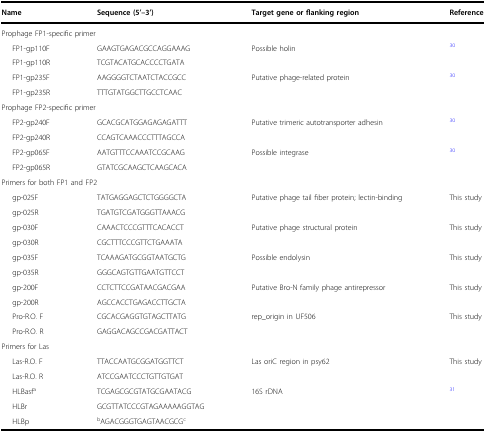
<table><thead><tr><td><b>Name</b></td><td><b>Sequence (5’–3’)</b></td><td><b>Target gene or flanking region</b></td><td><b>Reference</b></td></tr></thead><tbody><tr><td colspan="4">Prophage FP1-specific primer</td></tr><tr><td>FP1-gp110F</td><td>GAAGTGAGACGCCAGGAAAG</td><td>Possible holin</td><td><sup>30</sup></td></tr><tr><td>FP1-gp110R</td><td>TCGTACATGCACCCCTGATA</td><td></td><td></td></tr><tr><td>FP1-gp235F</td><td>AAGGGGTCTAATCTACCGCC</td><td>Putative phage-related protein</td><td><sup>30</sup></td></tr><tr><td>FP1-gp235R</td><td>TTTGTATGGCTTGCCTCAAC</td><td></td><td></td></tr><tr><td colspan="4">Prophage FP2-specific primer</td></tr><tr><td>FP2-gp240F</td><td>GCACGCATGGAGAGAGATTT</td><td>Putative trimeric autotransporter adhesin</td><td><sup>30</sup></td></tr><tr><td>FP2-gp240R</td><td>CCAGTCAAACCCTTTAGCCA</td><td></td><td></td></tr><tr><td>FP2-gp065F</td><td>AATGTTTCCAAATCCGCAAG</td><td>Possible integrase</td><td><sup>30</sup></td></tr><tr><td>FP2-gp065R</td><td>GTATCGCAAGCTCAAGCACA</td><td></td><td></td></tr><tr><td colspan="4">Primers for both FP1 and FP2</td></tr><tr><td>gp-025F</td><td>TATGAGGAGCTCTGGGGCTA</td><td>Putative phage tail fiber protein; lectin-binding</td><td>This study</td></tr><tr><td>gp-025R</td><td>TGATGTCGATGGGTTAAACG</td><td></td><td></td></tr><tr><td>gp-030F</td><td>CAAACTCCCGTTTCACACCT</td><td>Putative phage structural protein</td><td>This study</td></tr><tr><td>gp-030R</td><td>CGCTTTCCCGTTCTGAAATA</td><td></td><td></td></tr><tr><td>gp-035F</td><td>TCAAAGATGCGGTAATGCTG</td><td>Possible endolysin</td><td>This study</td></tr><tr><td>gp-035R</td><td>GGGCAGTGTTGAATGTTCCT</td><td></td><td></td></tr><tr><td>gp-200F</td><td>CCTCTTCCGATAACGACGAA</td><td>Putative Bro-N family phage antirepressor</td><td>This study</td></tr><tr><td>gp-200R</td><td>AGCCACCTGAGACCTTGCTA</td><td></td><td></td></tr><tr><td>Pro-R.O. F</td><td>CGCACGAGGTGTAGCTTATG</td><td>rep_origin in UF506</td><td>This study</td></tr><tr><td>Pro-R.O. R</td><td>GAGGACAGCCGACGATTACT</td><td></td><td></td></tr><tr><td colspan="4">Primers for Las</td></tr><tr><td>Las-R.O. F</td><td>TTACCAATGCGGATGGTTCT</td><td>Las oriC region in psy62</td><td>This study</td></tr><tr><td>Las-R.O. R</td><td>ATCCGAATCCCTGTTGTGAT</td><td></td><td></td></tr><tr><td>HLBasf<sup>a</sup></td><td>TCGAGCGCGTATGC<b><underline>G</underline></b>AATACG</td><td>16S rDNA</td><td><sup>31</sup></td></tr><tr><td>HLBr</td><td>GCGTTATCCCGTAGAAAAAGGTAG</td><td></td><td></td></tr><tr><td>HLBp</td><td><sup>b</sup>AGACGGGTGAGTAACGCG<sup>c</sup></td><td></td><td></td></tr></tbody></table>